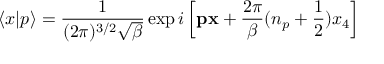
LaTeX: \langle x | p \rangle = \frac 1 { ( 2 \pi ) ^ { 3 / 2 } \sqrt { \beta } } \exp i \left[ { \bf p x } + \frac { 2 \pi } { \beta } ( n _ { p } + \frac 1 2 ) x _ { 4 } \right]